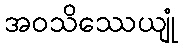
အဝသိဿေယျုံ